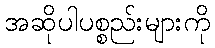
အဆိုပါပစ္စည်းများကို